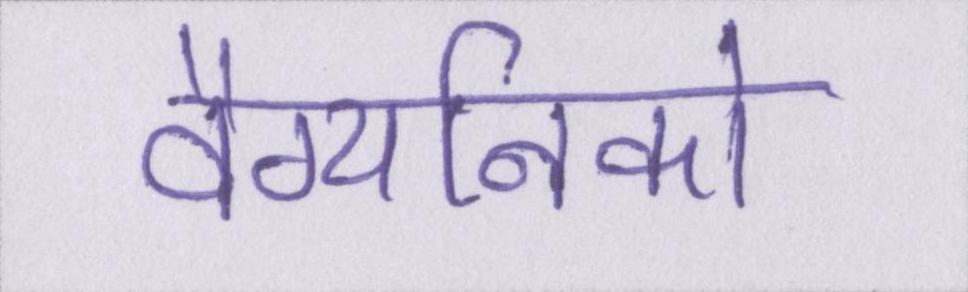
वैग्यनिको